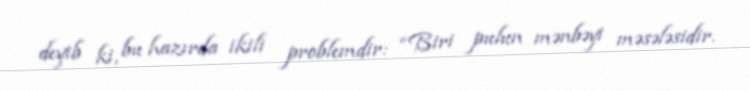
deyib ki, bu hazırda ikili problemdir: “Biri pulun mənbəyi məsələsidir.